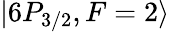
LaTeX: \lvert 6P_{3/2},F=2\rangle